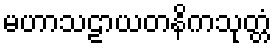
မဟာသဠာယတနိကသုတ္တံ